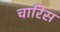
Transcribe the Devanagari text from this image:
चारिस